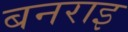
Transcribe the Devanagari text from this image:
बनराइ